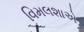
વિમલશાએ